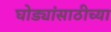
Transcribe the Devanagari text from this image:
घोड्यांसाठीच्या